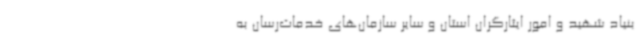
بنیاد شهید و امور ایثارگران استان و سایر سازمان‌های خدمات‌رسان به